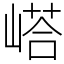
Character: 㟷